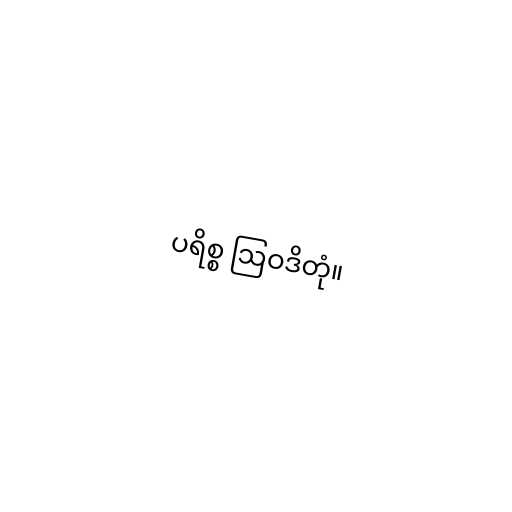
ပရိစ္စ ဩဝဒိတုံ။